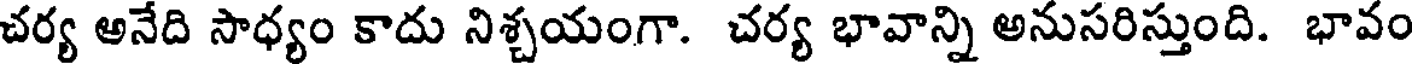
చర్య అనేది సాధ్యం కాదు నిశ్చయంగా. చర్య భావాన్ని అనుసరిస్తుంది. భావం